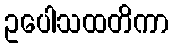
ဥပေါသထတိကာ